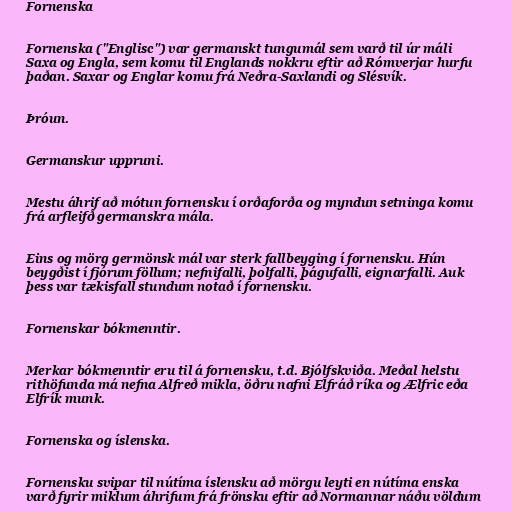
Fornenska

Fornenska ("Englisc") var germanskt tungumál sem varð til úr máli
Saxa og Engla, sem komu til Englands nokkru eftir að Rómverjar hurfu
þaðan. Saxar og Englar komu frá Neðra-Saxlandi og Slésvík.

Þróun.

Germanskur uppruni.

Mestu áhrif að mótun fornensku í orðaforða og myndun setninga komu
frá arfleifð germanskra mála.

Eins og mörg germönsk mál var sterk fallbeyging í fornensku. Hún
beygðist í fjórum föllum; nefnifalli, þolfalli, þágufalli, eignarfalli. Auk
þess var tækisfall stundum notað í fornensku.

Fornenskar bókmenntir.

Merkar bókmenntir eru til á fornensku, t.d. Bjólfskviða. Meðal helstu
rithöfunda má nefna Alfreð mikla, öðru nafni Elfráð ríka og Ælfric eða
Elfrík munk.

Fornenska og íslenska.

Fornensku svipar til nútíma íslensku að mörgu leyti en nútíma enska
varð fyrir miklum áhrifum frá frönsku eftir að Normannar náðu völdum